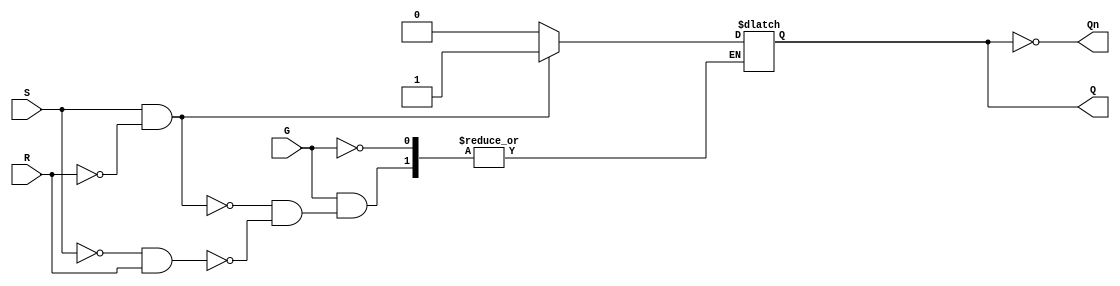
module gated_sr_latch (
    input wire S,      // Set input
    input wire R,      // Reset input
    input wire G,      // Enable input
    output reg Q,      // Output Q
    output wire Qn     // Output Q' (not Q)
);

    assign Qn = ~Q; // Q' is the inverse of Q

    always @ (G or S or R) begin
        if (G) begin
            if (S && ~R) begin
                Q <= 1; // Set Q to 1
            end else if (~S && R) begin
                Q <= 0; // Reset Q to 0
            end else if (~S && ~R) begin
                // Maintain previous state (do nothing)
            end else if (S && R) begin
                // Invalid state, typically ignored or can be handled as needed
                // For this implementation, we can leave it unhandled
            end
        end
        // When G is low, the output Q retains its previous state
    end

endmodule